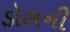
ડોલની